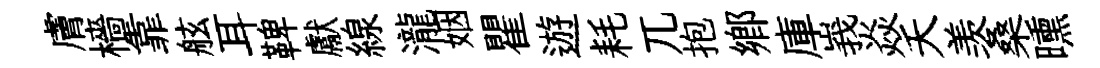
膚檣靠舷耳鞞獻線瀧姻瞿遊耗兀抱鄕庫峩焱夭羡桑曛